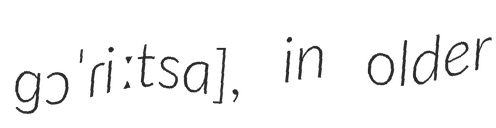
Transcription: ɡɔˈɾiːtsa], in older